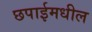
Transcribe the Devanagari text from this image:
छपाईमधील